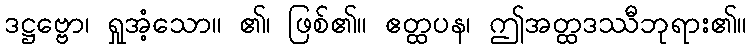
ဒဋ္ဌဗ္ဗော၊ ရှုအံ့သော။ ၏၊ ဖြစ်၏။ ဧတ္ထပန၊ ဤအတ္ထဒဿီဘုရား၏။